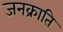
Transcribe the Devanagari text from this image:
जनक्राति